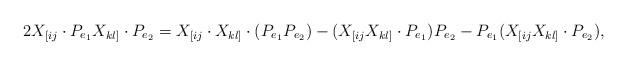
LaTeX: \begin{align*}2 X_{[ij} \cdot P_{e_1} X_{kl]} \cdot P_{e_2}= X_{[ij} \cdot X_{kl]} \cdot( P_{e_1} P_{e_2}) - (X_{[ij}X_{kl]} \cdot P_{e_1}) P_{e_2}- P_{e_1} (X_{[ij} X_{kl]}\cdot P_{e_2}),\end{align*}